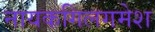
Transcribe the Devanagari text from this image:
नायकगिलगमेश